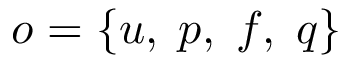
\boldsymbol { o } = \{ \boldsymbol { u } , \; p , \; \boldsymbol { f } , \; q \}